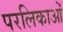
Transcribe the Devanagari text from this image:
परलिकाओं